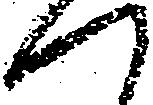
つ